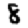
Digit: 8